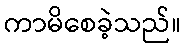
ကာမိစေခဲ့သည်။